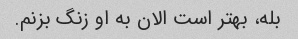
بله، بهتر است الان به او زنگ بزنم.